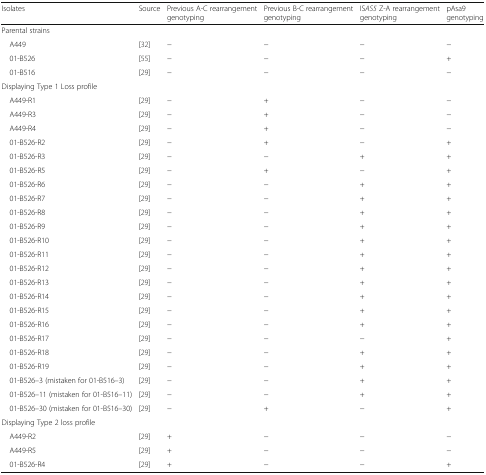
| Isolates | Source | Previous A-C rearrangement genotyping | Previous B-C rearrangement genotyping | ISAS5 Z-A rearrangement genotyping | pAsa9 genotyping |
 | --- | --- | --- | --- | --- | --- |
 | <COLSPAN=6> Parental strains |
 | A449 | [32] | − | − | − | − |
 | 01-B526 | [55] | − | − | − | + |
 | 01-B516 | [29] | − | − | − | − |
 | <COLSPAN=6> Displaying Type 1 Loss profile |
 | A449-R1 | [29] | − | + | − | − |
 | A449-R3 | [29] | − | + | − | − |
 | A449-R4 | [29] | − | + | − | − |
 | 01-B526-R2 | [29] | − | + | − | + |
 | 01-B526-R3 | [29] | − | − | + | + |
 | 01-B526-R5 | [29] | − | + | − | + |
 | 01-B526-R6 | [29] | − | − | + | + |
 | 01-B526-R7 | [29] | − | − | + | + |
 | 01-B526-R8 | [29] | − | − | + | + |
 | 01-B526-R9 | [29] | − | − | + | + |
 | 01-B526-R10 | [29] | − | − | + | + |
 | 01-B526-R11 | [29] | − | − | + | + |
 | 01-B526-R12 | [29] | − | − | + | + |
 | 01-B526-R13 | [29] | − | − | + | + |
 | 01-B526-R14 | [29] | − | − | + | + |
 | 01-B526-R15 | [29] | − | − | + | + |
 | 01-B526-R16 | [29] | − | − | + | + |
 | 01-B526-R17 | [29] | − | − | − | + |
 | 01-B526-R18 | [29] | − | − | + | + |
 | 01-B526-R19 | [29] | − | − | + | + |
 | 01-B526–3 (mistaken for 01-B516–3) | [29] | − | − | + | + |
 | 01-B526–11 (mistaken for 01-B516–11) | [29] | − | − | + | + |
 | 01-B526–30 (mistaken for 01-B516–30) | [29] | − | + | − | + |
 | <COLSPAN=6> Displaying Type 2 loss profile |
 | A449-R2 | [29] | + | − | − | − |
 | A449-R5 | [29] | + | − | − | − |
 | 01-B526-R4 | [29] | + | − | − | + |